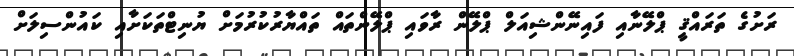
ރަށުގެ ތަރައްޤީ ޕްލޭނާއި ފައިނޭންޝިއަލް ޕްލޭން ރާވައި ޕްލޭންތައް ތައްޔާރުކުރުމަށް ޔުނިޓްތަކަށާއި ކައުންސިލަށް